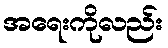
အရေးကိုလည်း